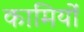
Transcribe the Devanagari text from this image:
कामियों